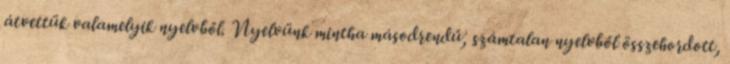
átvettük valamelyik nyelvből. Nyelvünk mintha másodrendű, számtalan nyelvből összehordott,